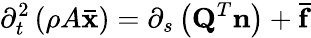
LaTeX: \partial_{t}^{2}\left(\rho A\mathbf{\bar{x}}\right)=\partial_{s}\left(\mathbf{Q}^{T}\mathbf{n}\right)+\mathbf{\bar{f}}